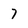
Character: 7